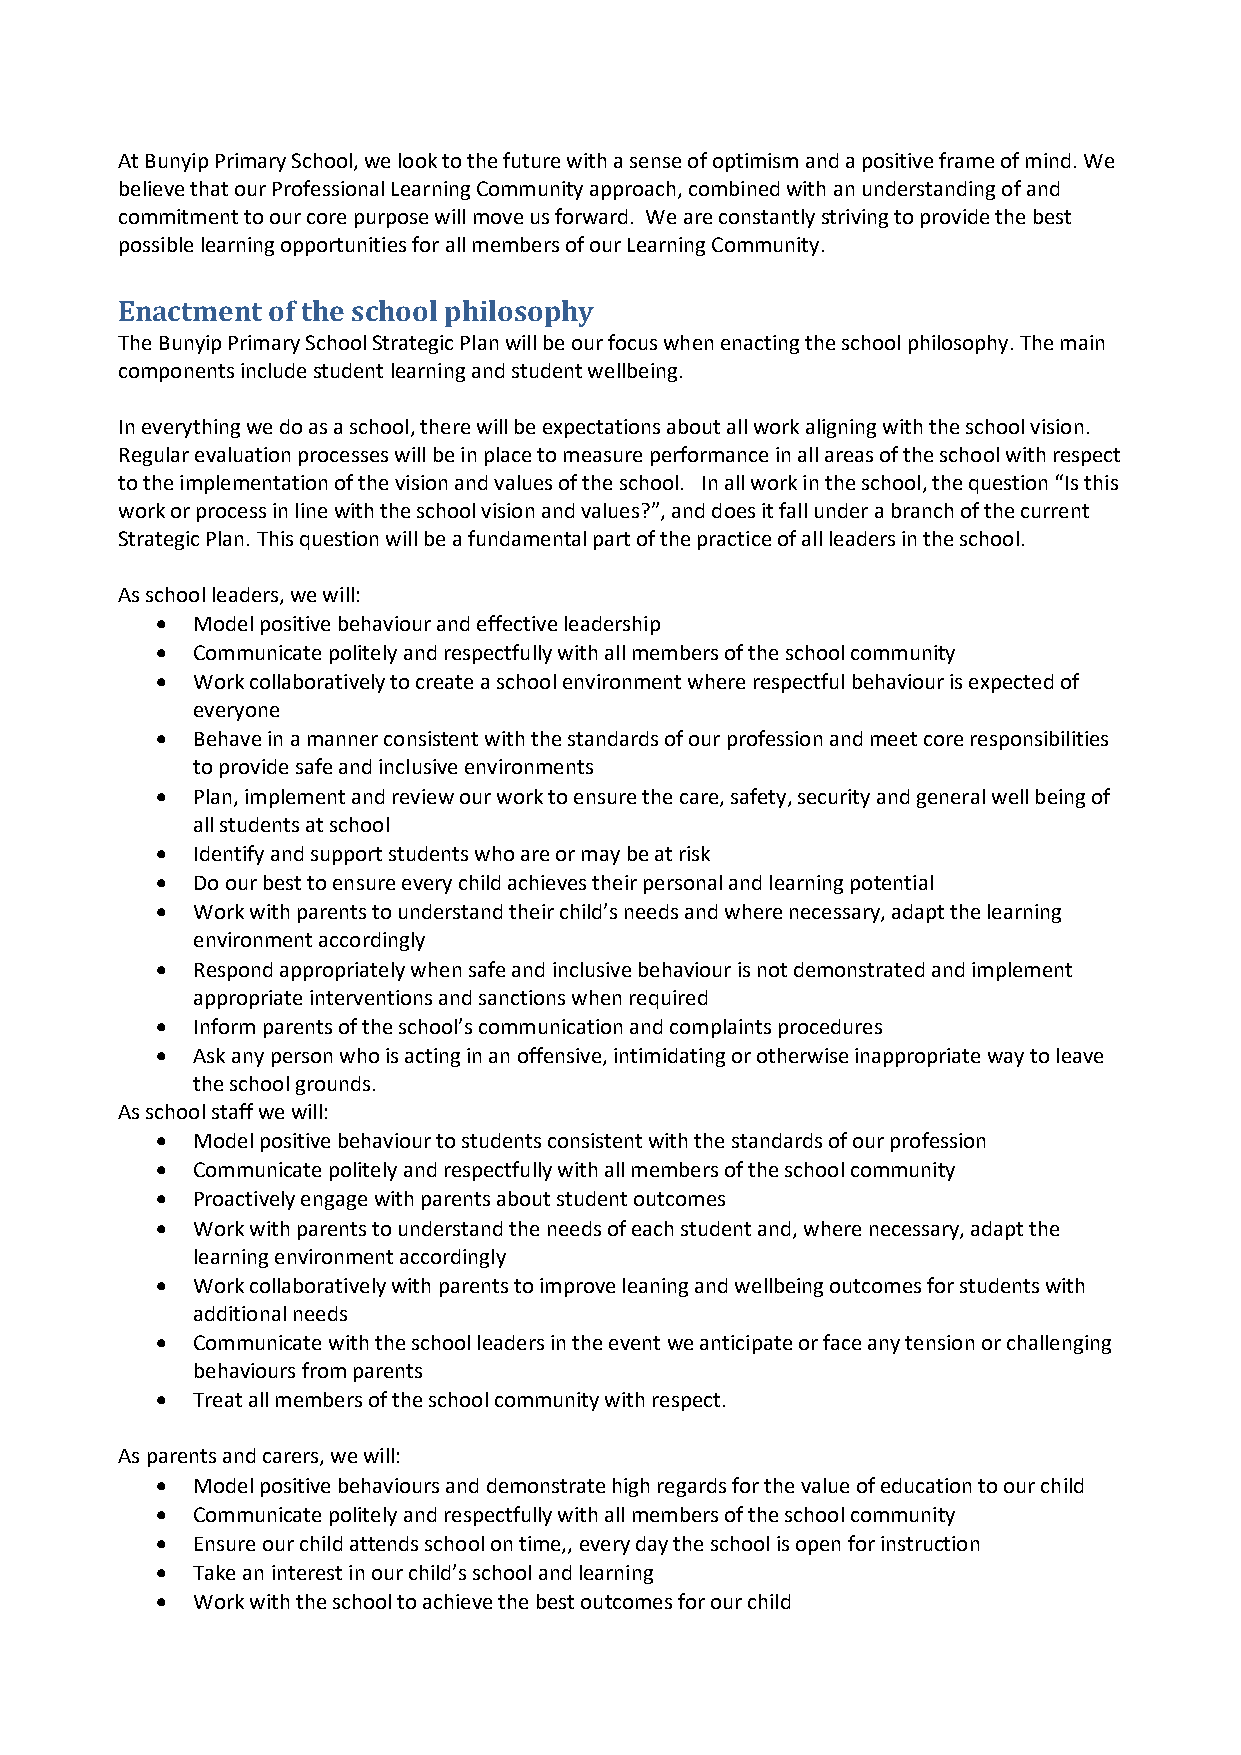
At Bunyip Primary School, we look to the future with a sense of optimism and a positive frame of mind. We
 believe that our Professional Learning Community approach, combined with an understanding of and
 commitment to our core purpose will move us forward. We are constantly striving to provide the best
 possible learning opportunities for all members of our Learning Community.
 Enactment of the school philosophy
 The Bunyip Primary School Strategic Plan will be our focus when enacting the school philosophy. The main
 components include student learning and student wellbeing.
 In everything we do as a school, there will be expectations about all work aligning with the school vision.
 Regular evaluation processes will be in place to measure performance in all areas of the school with respect
 to the implementation of the vision and values of the school. In all work in the school, the question “Is this
 work or process in line with the school vision and values?”, and does it fall under a branch of the current
 Strategic Plan. This question will be a fundamental part of the practice of all leaders in the school.
 As school leaders, we will:
 •  Model positive behaviour and effective leadership
 •  Communicate politely and respectfully with all members of the school community
 •  Work collaboratively to create a school environment where respectful behaviour is expected of
 everyone
 •  Behave in a manner consistent with the standards of our profession and meet core responsibilities
 to provide safe and inclusive environments
 •  Plan, implement and review our work to ensure the care, safety, security and general well being of
 all students at school
 •  Identify and support students who are or may be at risk
 •  Do our best to ensure every child achieves their personal and learning potential
 •  Work with parents to understand their child’s needs and where necessary, adapt the learning
 environment accordingly
 •  Respond appropriately when safe and inclusive behaviour is not demonstrated and implement
 appropriate interventions and sanctions when required
 •  Inform parents of the school’s communication and complaints procedures
 •  Ask any person who is acting in an offensive, intimidating or otherwise inappropriate way to leave
 the school grounds.
 As school staff we will:
 •  Model positive behaviour to students consistent with the standards of our profession
 •  Communicate politely and respectfully with all members of the school community
 •  Proactively engage with parents about student outcomes
 •  Work with parents to understand the needs of each student and, where necessary, adapt the
 learning environment accordingly
 •  Work collaboratively with parents to improve leaning and wellbeing outcomes for students with
 additional needs
 •  Communicate with the school leaders in the event we anticipate or face any tension or challenging
 behaviours from parents
 •  Treat all members of the school community with respect.
 As parents and carers, we will:
 •  Model positive behaviours and demonstrate high regards for the value of education to our child
 •  Communicate politely and respectfully with all members of the school community
 •  Ensure our child attends school on time,, every day the school is open for instruction
 •  Take an interest in our child’s school and learning
 •  Work with the school to achieve the best outcomes for our child